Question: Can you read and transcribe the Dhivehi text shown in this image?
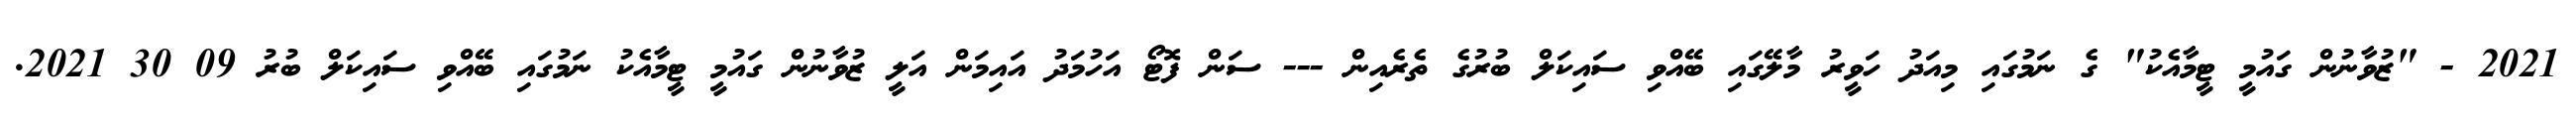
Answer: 2021 - "ޒުވާނުން ގައުމީ ޓީމާއެކު" ގެ ނަމުގައި މިއަދު ހަވީރު މާލޭގައި ބޭއްވި ސައިކަލް ބުރުގެ ތެރެއިން --- ސަން ފޮޓޯ އަހުމަދު އައިމަން އަލީ ޒުވާނުން ގައުމީ ޓީމާއެކު ނަމުގައި ބޭއްވި ސައިކަލް ބުރު 09 30 2021.